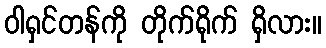
ဝါရှင်တန်ကို တိုက်ရိုက် ရှိလား။